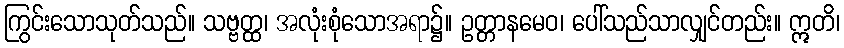
ကြွင်းသောသုတ်သည်။ သဗ္ဗတ္ထ၊ အလုံးစုံသောအရာ၌။ ဥတ္တာနမေဝ၊ ပေါ်သည်သာလျှင်တည်း။ ဣတိ၊